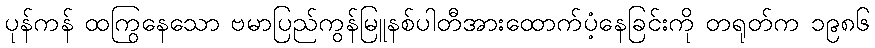
ပုန်ကန် ထကြွနေသော ဗမာပြည်ကွန်မြူနစ်ပါတီအားထောက်ပံ့နေခြင်းကို တရုတ်က ၁၉၈၆